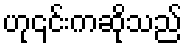
ဟု၎င်းကဆိုသည်